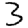
Digit: 3